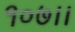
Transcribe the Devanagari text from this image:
१०७।।